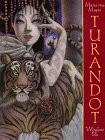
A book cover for Turandot; Marianna Mayer; Children's Books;